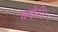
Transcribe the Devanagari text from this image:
चंदेरी।